Lunatic asylums in Bengal annual reports 1888-1898 - 1888-1898
Year: 1888
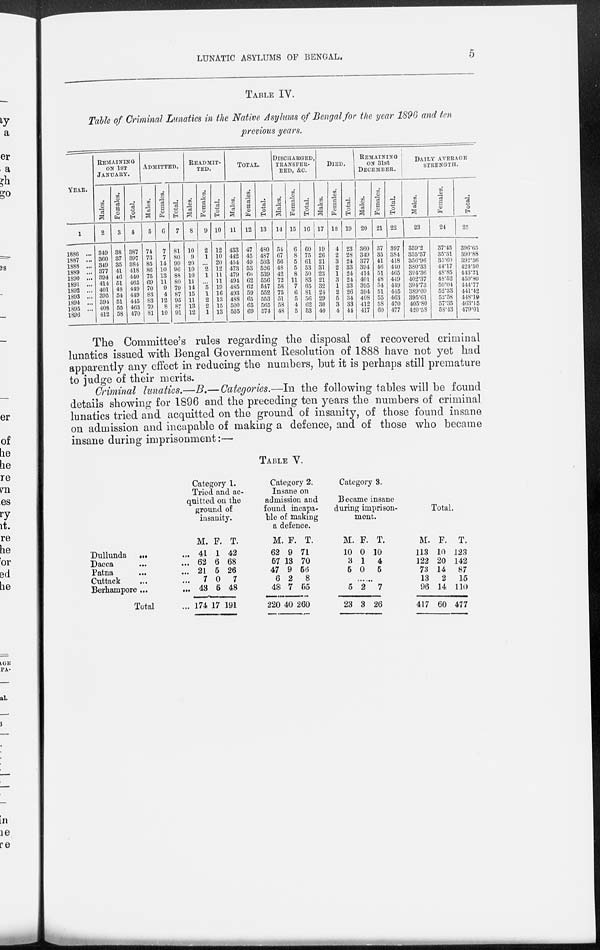
LUNATIC ASYLUMS OF BENGAL.
5
TABLE IV.
Table of Criminal Lunatics in the Native Asylums of Bengal for the year 1896 and ten
previous years.
YEAR.
1
1886 ...
1887 ...
1888 ...
1889 ...
1890 ...
1891 ...
1892 ...
1893 ...
1894 ...
1895 ...
1896 ...
REMAINING
ON 1ST
JANUARY.
Males.
2
349
360
349
377
394
414
401
395
394
408
412
Females.
3
38
37
35
41
46
51
48
54
51
55
58
Total.
4
387
397
384
418
440
465
449
449
445
463
470
ADMITTED.
Males.
5
74
73
85
86
75
69
70
83
83
79
81
Females.
6
7
7
14
10
13
11
9
4
12
8
10
Total.
7
81
80
99
96
88
80
79
87
95
87
91
READMIT-
---.
Males.
8
10
9
20
10
10
11
14
15
11
13
12
Females.
9
2
1
... 2
1
... 5
1
2
2
1
Total.
10
12
10
20
12
11
11
19
16
13
15
13
TOTAL.
Males.
11
433
442
454
473
479
494
485
493
488
500
505
Females.
12
47
45
49
53
60
62
62
59
65
65
69
Total.
13
480
487
503
526
539
556
547
552
553
565
574
DISCHARGED,
TRANSFER-
---,
&C.
Males.
14
54
67
56
48
42
72
58
75
51
58
48
Females.
15
6
8
5
5
8
11
7
6
5
4
5
Total.
16
60
75
61
53
50
83
65
81
56
62
53
DIED.
Males.
17
19
26
21
31
23
21
32
24
29
30
40
Females.
18
4
2
3
2
1
3
1
2
5
3
4
Total.
19
23
28
24
33
24
24
33
26
34
33
44
REMAINING
ON 31st
DECEMBER.
Males.
20
360
349
377
394
414
401
395
394
408
412
417
Females.
21
37
35
41
46
51
48
54
51
55
58
60
Total.
22
397
384 418
440
465
449
449
445
463
470
477
DAILY AVERAGE
STRENGTH.
Males.
23
359.2
355.57
356.96
380.33
394.36
402.37
394.73
389.09
395.61
405.80
420.58
Females.
24
37.45
35.31
35.60
44.17
48.85
48.52
50.04
52.33
52.58
57.35
58.43
Total.
25
396.65
390.88
392.56
424.50
443.21
450.89
444.77
441.42
448.19
463.15
479.01
The Committee's rules regarding the disposal of recovered criminal
lunatics issued with Bengal Government Resolution of 1888 have not yet had
apparently any effect in reducing the numbers, but it is perhaps still premature
to judge of their merits.
Criminal lunatics.—B.— Categories.—In the following tables will be found
details showing for 1896 and the preceding ten years the numbers of criminal
lunatics tried and acquitted on the ground of insanity, of those found insane
on admission and incapable of making a defence, and of those who became
insane during imprisonment:—
TABLE V.
Dullunda ... ...
Dacca
...
...
Patna ... ...
Cuttack ... ...
Berhampore ... ...
Total ...
Category 1.
Tried and ac-
quitted on the
ground of
insanity.
M.
41
62
21
7
43
174
F.
1
6
5
0
5
17
T.
42
68
26
7
48
191
Category 2.
Insane on
admission and
found incapa-
ble of making
a defence.
M.
62
57
47
6
48
220
F.
9
13
9
2
7
40
T.
71
70
56
8
55
260
Category 3.
Became insane
during imprison-
ment.
M.
10
3
5
F.
0
1
0
T.
10
4
5
......
5
23
2
3
7
26
Total.
M.
113
122
73
13
96
417
F.
10
20
14
2
14
60
T.
123
142
87
15
110
477